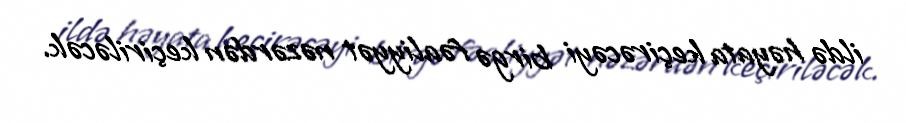
ildə həyata keçirəcəyi birgə fəaliyyət nəzərdən keçiriləcək.